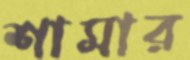
শামার